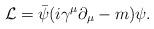
LaTeX: \begin{align*}\mathcal{L} = \Bar{\psi}(i\gamma^\mu\partial_\mu - m)\psi.\end{align*}